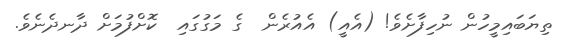
ތިޔަބައިމީހުން ނުހިފާށެވެ! (އެއީ) އެއުރެން  ގެ މަގުގައި  ކޮށްފުމަށް ދާނދެނެވެ.